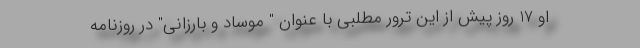
او 17 روز پیش از این ترور مطلبی با عنوان " موساد و بارزانی" در روزنامه